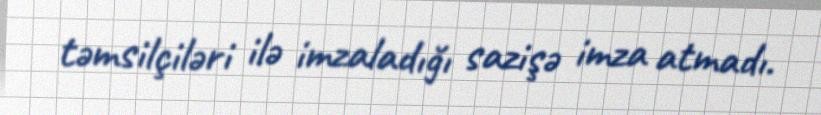
təmsilçiləri ilə imzaladığı sazişə imza atmadı.